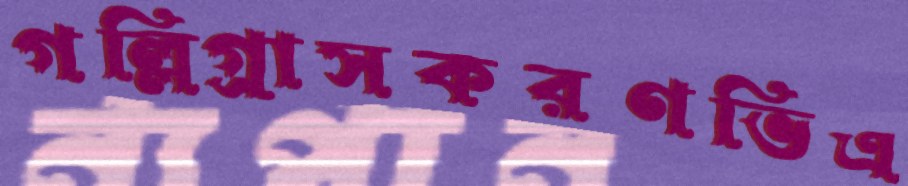
গল্লিগ্রাসকরণভিএ